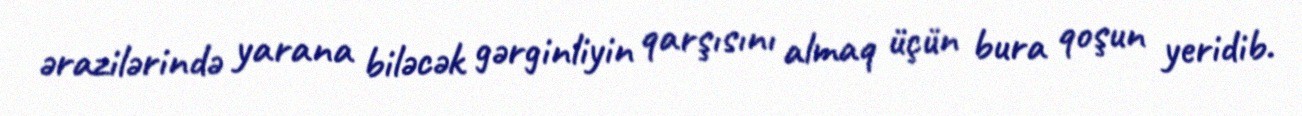
ərazilərində yarana biləcək gərginliyin qarşısını almaq üçün bura qoşun yeridib.